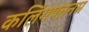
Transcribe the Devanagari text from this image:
कलिंगपत्तनम